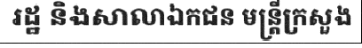
រដ្ឋ និងសាលាឯកជន មន្ត្រីក្រសួង